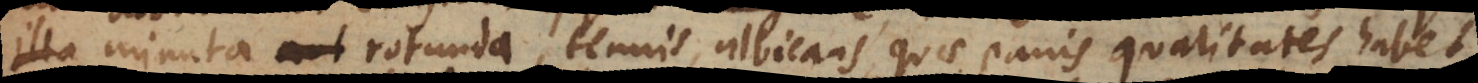
aliqua minuta[,] rotunda, tenuis, albicans quae panis qualitates habet,